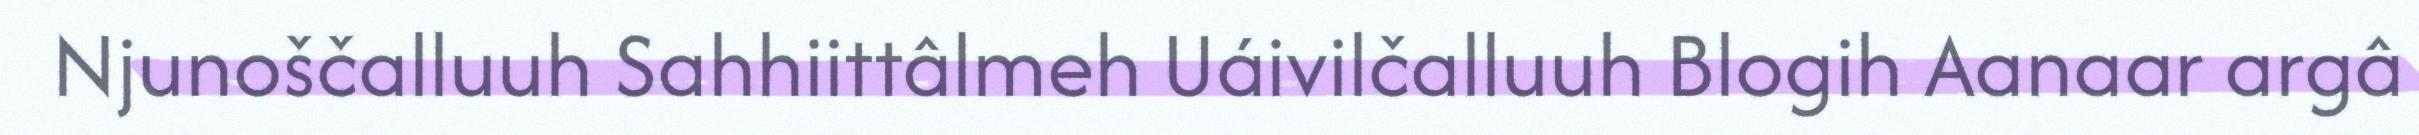
Njunoščalluuh Sahhiittâlmeh Uáivilčalluuh Blogih Aanaar argâ